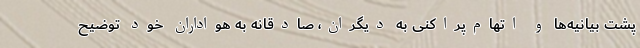
پشت بیانیه‌ها و اتهام‌پراکنی به دیگران، صادقانه به هواداران خود توضیح